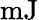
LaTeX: \mathrm{mJ}